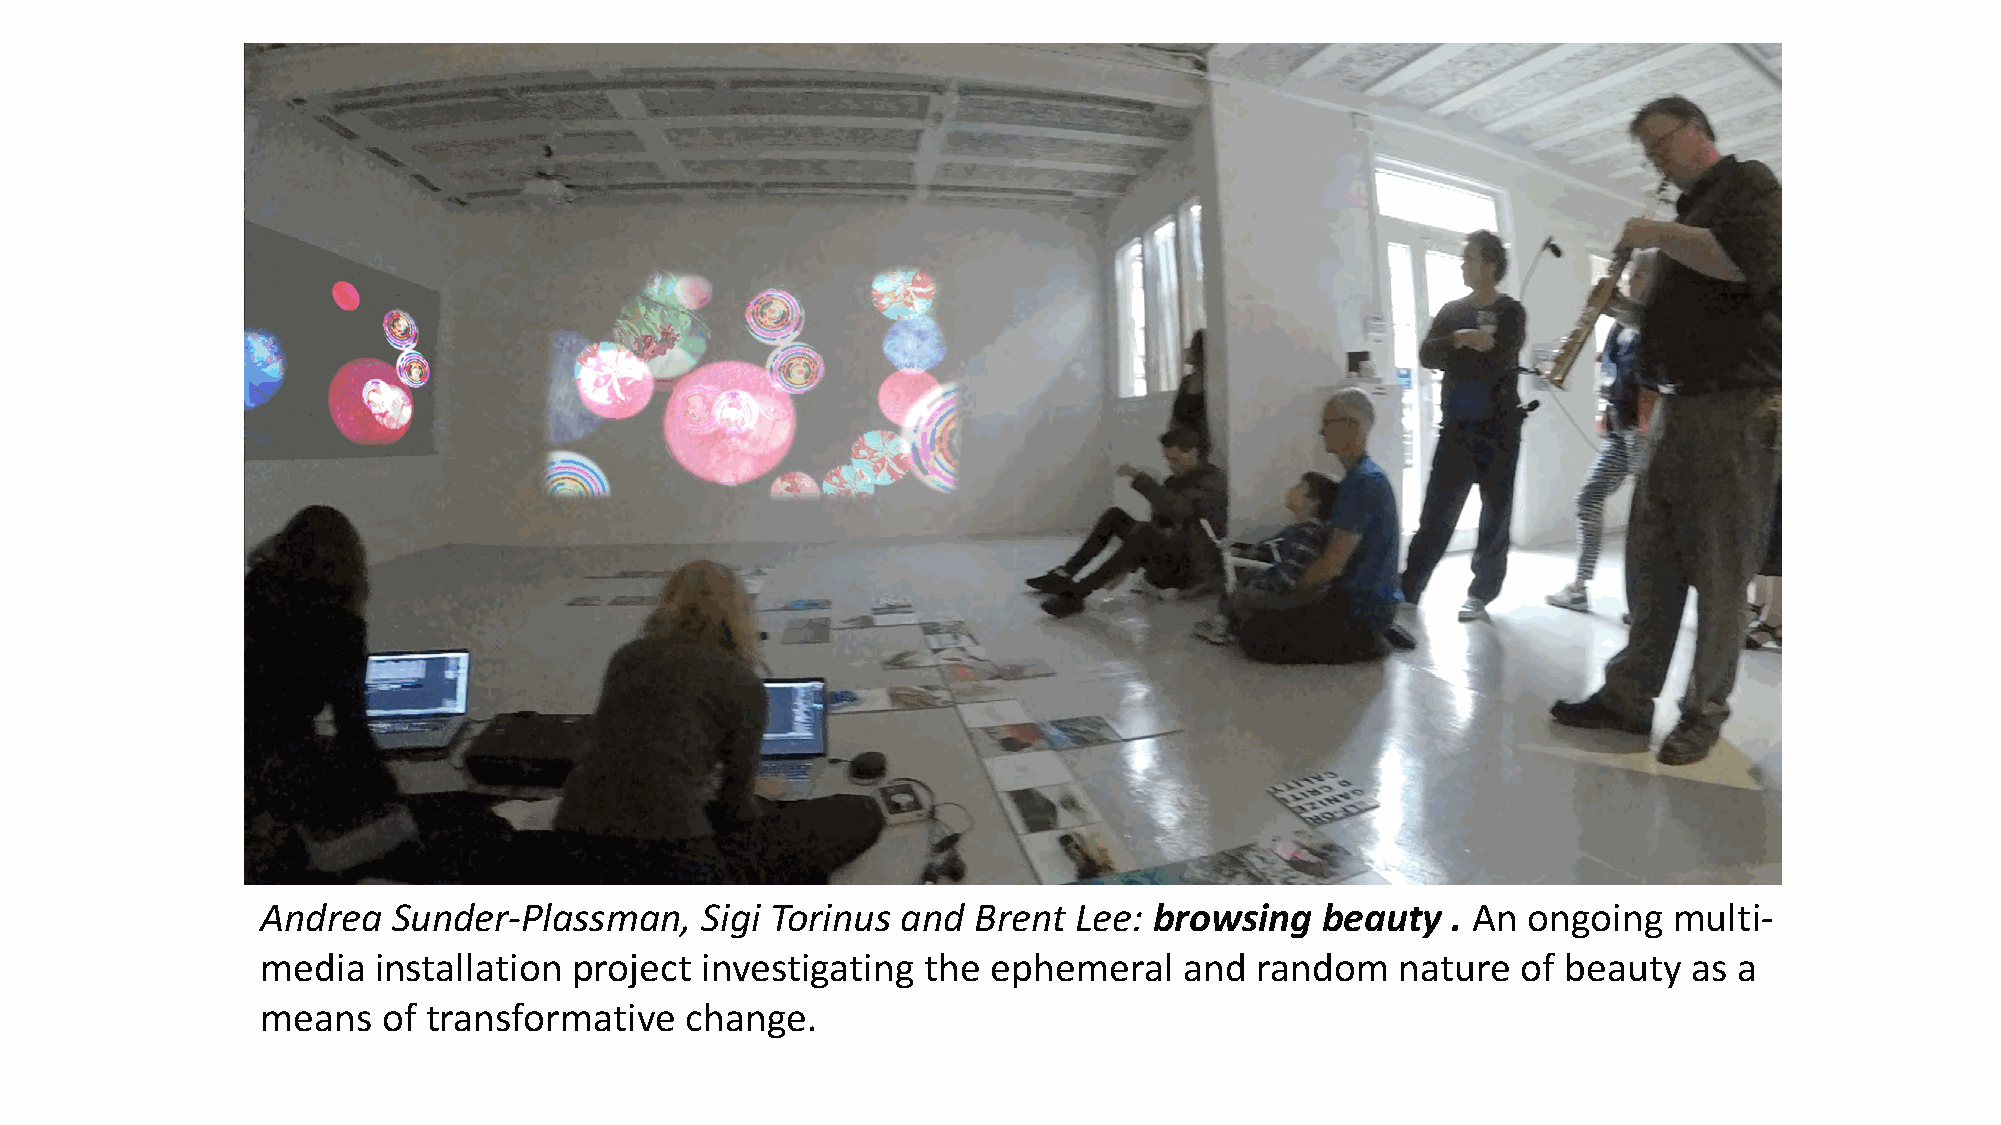
Andrea   Sunder-­‐Plassman,  Sigi Torinus  and Brent  Lee: browsing   beauty   . An ongoing   multi-­‐
 media   installation project investigating  the  ephemeral   and  random    nature  of beauty  as a
 means   of transformative   change.